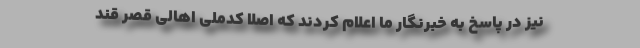
نیز در پاسخ به خبرنگار ما اعلام کردند که اصلا کدملی اهالی قصر قند